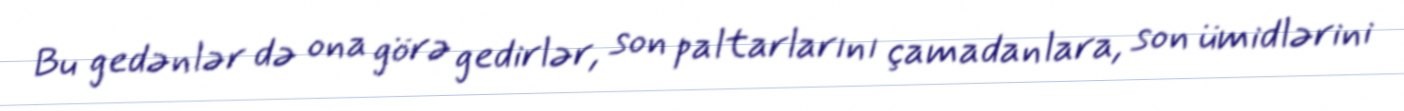
Bu gedənlər də ona görə gedirlər, son paltarlarını çamadanlara, son ümidlərini